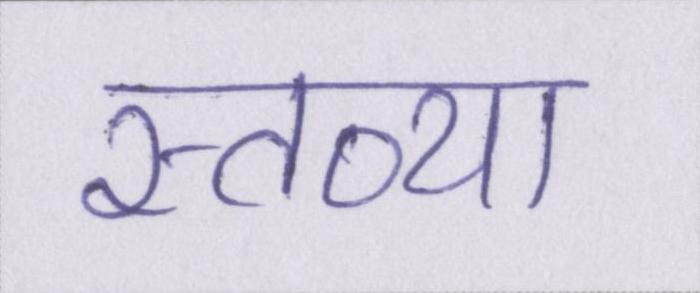
स्तव्या